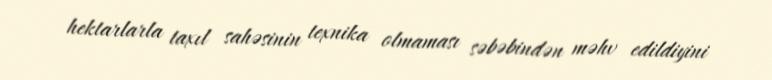
hektarlarla taxıl sahəsinin texnika olmaması səbəbindən məhv edildiyini